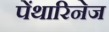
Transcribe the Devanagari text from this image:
पेंथारिनेज